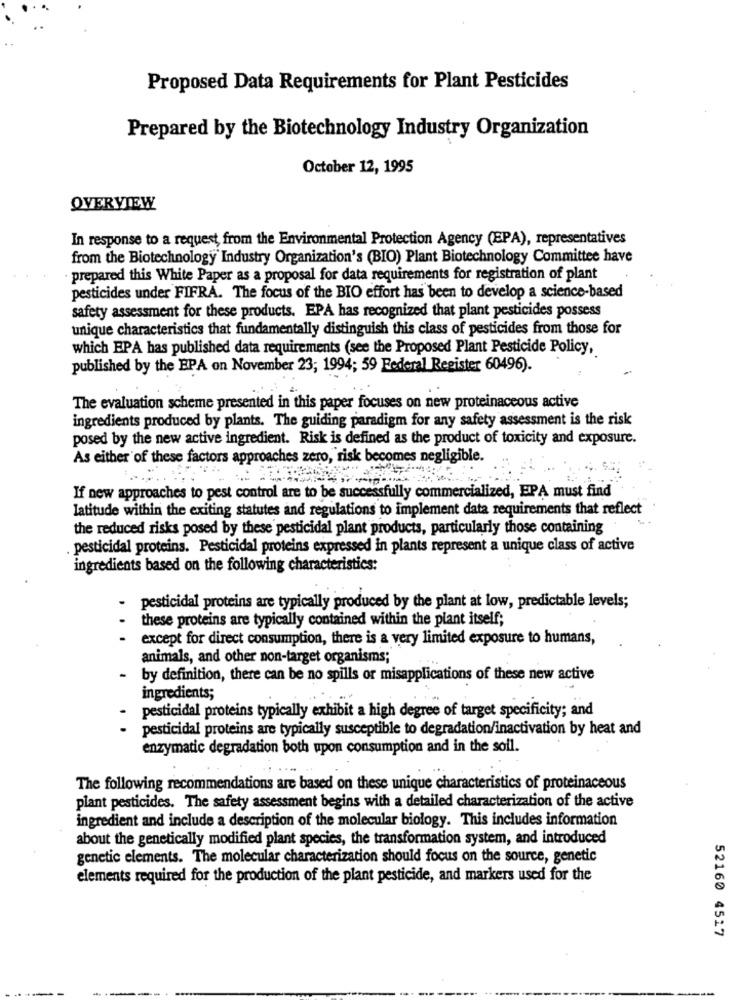
Proposed Data Requirements for Plant Pesticides
Prepared by the Biotechnology Industry Organization
October 12, 1995
OVERVIEW
In response to a request from the Environmental Protection Agency (EPA), representatives
from the Biotechnology Industry Organization's (BIO) Plant Biotechnology Committee have
prepared this White Paper as a proposal for data requirements for registration of plant
pesticides under FIFRA. The focus of the BIO effort has been to develop a science-based
safety assessment for these products. EPA has recognized that plant pesticides possess
unique characteristics that fundamentally distinguish this class of pesticides from those for
which EPA has published data requirements (see the Proposed Plant Pesticide Policy,
published by the EPA on November 23; 1994; 59 Federal Register 60496).
The evaluation scheme presented in this paper focuses on new proteinaceous active
ingredients produced by plants. The guiding paradigm for any safety assessment is the risk
posed by the new active ingredient. Risk is defined as the product of toxicity and exposure.
As either of these factors approaches zero, risk becomes negligible.
If new approaches to pest control are to be successfully commercialized, EA must find
latitude within the exiting statutes and regulations to implement data requirements that reflect
the reduced risks posed by these pesticidal plant products, particularly those containing
pesticidal proteins. Pesticidal proteins expressed in plants represent a unique class of active
ingredients based on the following characteristics:
pesticidal proteins are typically produced by the plant at low, predictable levels;
these proteins are typically contained within the plant itself;
except for direct consumption, there is a very limited exposure to humans,
animals, and other non-target organisms;
- by definition, there can be no spills or misapplications of these new active
ingredients;
pesticidal proteins typically exhibit a high degree of target specificity; and
pesticidal proteins are typically susceptible to degradation/inactivation by heat and
enzymatic degradation both upon consumption and in the soll.
The following recommendations are based on these unique characteristics of proteinaceous
plant pesticides. The safety assessment begins with a detailed characterization of the active
ingredient and include a description of the molecular biology. This includes information
about the genetically modified plant species, the transformation system, and introduced
genetic elements. The molecular characterization should focus on the source, genetic
elements required for the production of the plant pesticide, and markers used for the
52160 4517